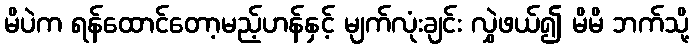
မိပဲက ရန်ထောင်တော့မည့်ဟန်နှင့် မျက်လုံးချင်း လွှဲဖယ်၍ မိမိ ဘက်သို့